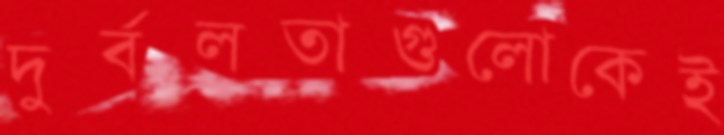
দুর্বলতাগুলোকেই